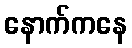
နောက်ကနေ